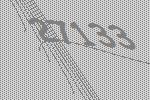
27133